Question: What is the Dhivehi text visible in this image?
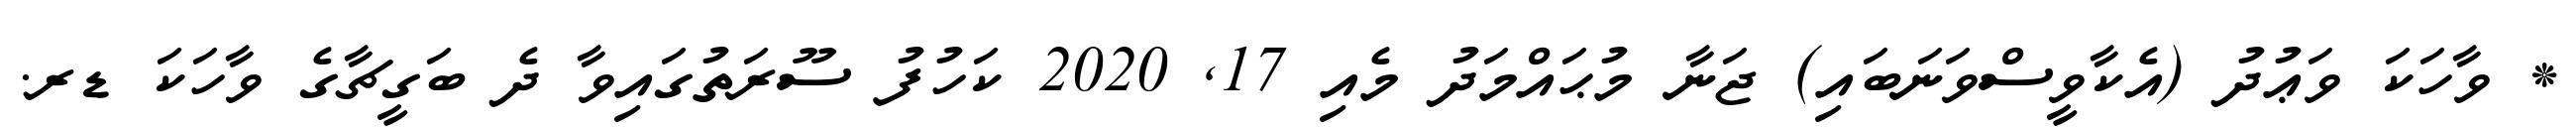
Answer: * ވާހަކަ ވަޢުދު (އެކާވީސްވަނަބައި) ޖަނާ މުޙައްމަދު މެއި 17, 2020 ކަހުފު ސޫރަތުގައިވާ ދެ ބަގީޗާގެ ވާހަކަ ޑރ.